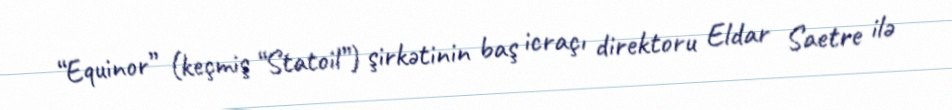
“Equinor” (keçmiş “Statoil”) şirkətinin baş icraçı direktoru Eldar Saetre ilə